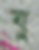
যু